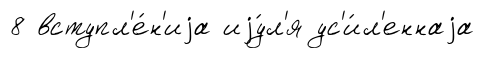
8 вступл'е́н'иjа иjу́л'я ус'и́л'еннаjа